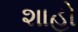
શાહો